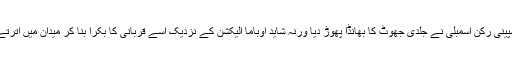
سپینی رکن اسمبلی نے جلدی جھوٹ کا بھانڈا پھوڑ دیا ورنہ شاید اوباما الیکشن کے نزدیک اسے قربانی کا بکرا بنا کر میدان میں اترتے۔